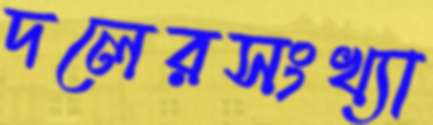
দলেরসংখ্যা